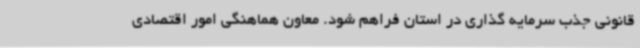
قانونی جذب سرمایه گذاری در استان فراهم شود. معاون هماهنگی امور اقتصادی